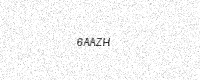
Text: 6AAZH